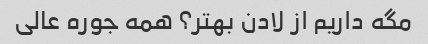
مگه داریم از لادن بهتر؟ همه جوره عالی